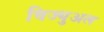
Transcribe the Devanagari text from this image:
विज्युअल